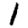
Digit: 1